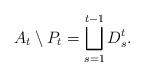
LaTeX: \begin{align*}{A}_t\setminus {P}_t=\bigsqcup_{s=1}^{t-1} D_s^t.\end{align*}